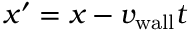
x ^ { \prime } = x - v _ { \mathrm { w a l l } } t